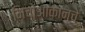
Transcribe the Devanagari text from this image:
मिचोआकानचे